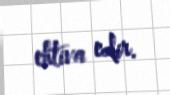
ehtiva edir.